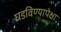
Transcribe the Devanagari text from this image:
घडविण्यापेक्षा